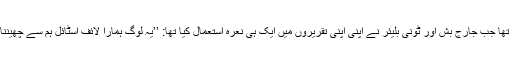
یہی وہ وقت تھا جب جارج بش اور ٹونی بلیئر نے اپنی اپنی تقریروں میں ایک ہی نعرہ استعمال کیا تھا: ’’یہ لوگ ہمارا لائف اسٹائل ہم سے چھیننا چاہتے ہیں۔